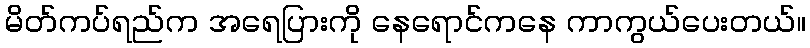
မိတ်ကပ်ရည်က အရေပြားကို နေရောင်ကနေ ကာကွယ်ပေးတယ်။